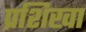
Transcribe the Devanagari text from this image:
प्रशिखा